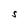
Character: S